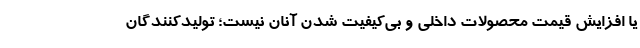
یا افزایش قیمت محصولات داخلی و بی‌کیفیت شدن آنان نیست؛ تولیدکنندگان